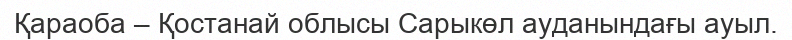
Қараоба – Қостанай облысы Сарыкөл ауданындағы ауыл.